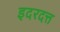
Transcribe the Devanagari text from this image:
इदरदत्त